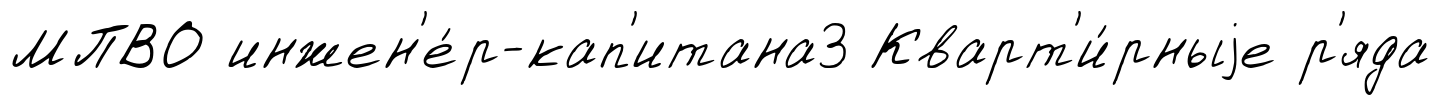
МПВО инжен'е́р-кап'итана3 Кварт'и́рныjе р'яда